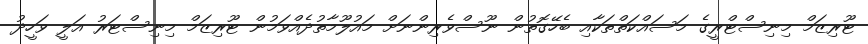
ޓޫރިޒަމް މިނިސްޓްރީގެ މަސައްކަތްތަކާއި ބެހޭގޮތުން ނޫސްވެރިންނަށް މައުލޫމާތުދެއްވަމުން ޓޫރިޒަމް މިނިސްޓަރު އަލީ ވަހީދު